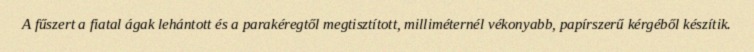
A fűszert a fiatal ágak lehántott és a parakéregtől megtisztított, milliméternél vékonyabb, papírszerű kérgéből készítik.